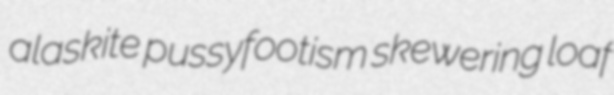
alaskite pussyfootism skewering loaf